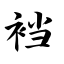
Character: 裆